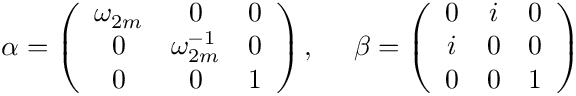
\alpha = \left( \begin{array} { c c c } { { \omega _ { 2 m } } } & { { 0 } } & { { 0 } } \\ { { 0 } } & { { \omega _ { 2 m } ^ { - 1 } } } & { { 0 } } \\ { { 0 } } & { { 0 } } & { { 1 } } \end{array} \right) , ~ ~ ~ ~ \beta = \left( \begin{array} { c c c } { { 0 } } & { { i } } & { { 0 } } \\ { { i } } & { { 0 } } & { { 0 } } \\ { { 0 } } & { { 0 } } & { { 1 } } \end{array} \right)